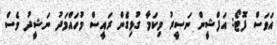
އަވަސް ފޮޓޯ: އަފްޝީން ނަސީރު މިކަމާ ގުޅިގެން ރައީސް މުހައްމަދު ނަޝީދު ވެސް